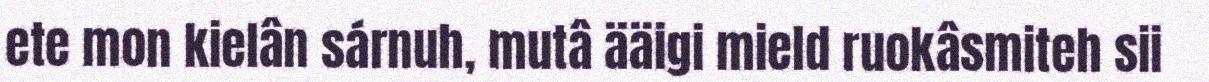
ete mon kielân sárnuh, mutâ ääigi mield ruokâsmiteh sii